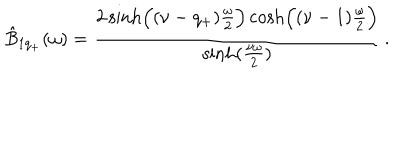
\hat { B } _ { 1 q _ { + } } ( \omega ) = { \frac { 2 \sinh \Bigl ( ( \nu - q _ { + } ) { \frac { \omega } { 2 } } \Bigr ) \cosh \Bigl ( ( \nu - 1 ) { \frac { \omega } { 2 } } \Bigr ) } { \sinh ( { \frac { \nu \omega } { 2 } } ) } } \, .